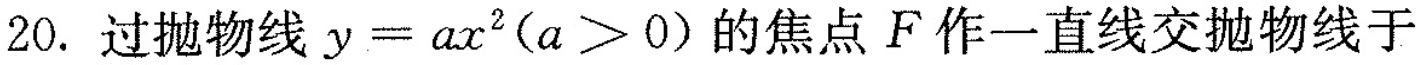
20.过抛物线$$y=ax^{2}(a>0)$$的焦点F作一直线交抛物线于